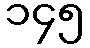
၁၄၅